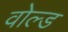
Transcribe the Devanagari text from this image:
वोल्ड